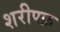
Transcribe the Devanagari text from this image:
शरीफ्फ़